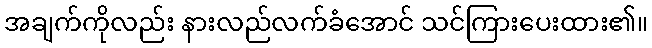
အချက်ကိုလည်း နားလည်လက်ခံအောင် သင်ကြားပေးထား၏။